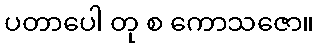
ပတာပေါ တု စ ကောသဇော။